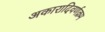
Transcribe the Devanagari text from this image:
अकारादिवर्णक्रम